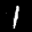
Label: 1